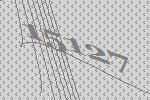
15127